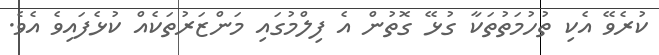
ކުރެވޭ އެކި ތުހުމަތުތަކާ ގުޅޭ ގޮތުން އެ ފިލްމުގައި މަންޒަރުތަކެއް ކުޅެފައިވެ އެވެ.